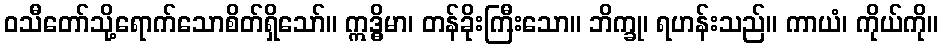
ဝသီတော်သို့ရောက်သောစိတ်ရှိသော်။ ဣဒ္ဓိမာ၊ တန်ခိုးကြီးသော။ ဘိက္ခု၊ ရဟန်းသည်။ ကာယံ၊ ကိုယ်ကို။